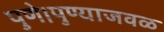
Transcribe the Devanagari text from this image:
पुणे।पुण्याजवळ